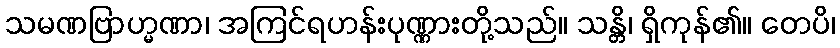
သမဏဗြာဟ္မဏာ၊ အကြင်ရဟန်းပုဏ္ဏားတို့သည်။ သန္တိ၊ ရှိကုန်၏။ တေပိ၊